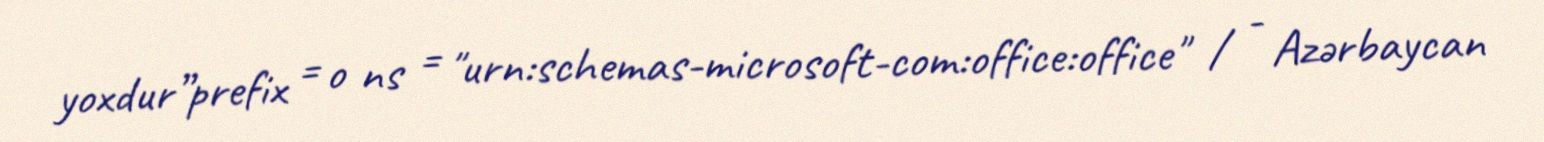
yoxdur”prefix = o ns = "urn:schemas-microsoft-com:office:office" / - Azərbaycan